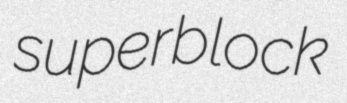
superblock